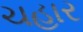
ચહાર